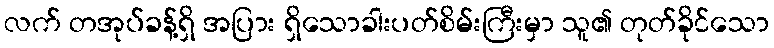
လက် တအုပ်ခန့်ရှိ အပြား ရှိသောခါးပတ်စိမ်းကြီးမှာ သူ၏ တုတ်ခိုင်သော